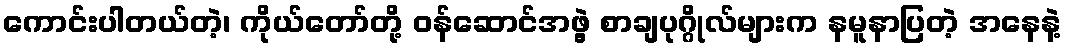
ကောင်းပါတယ်တဲ့၊ ကိုယ်တော်တို့ ဝန်ဆောင်အဖွဲ့ စာချပုဂ္ဂိုလ်များက နမူနာပြတဲ့ အနေနဲ့